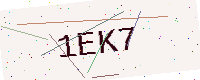
Text: 1EK7